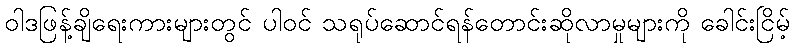
ဝါဒဖြန့်ချိရေးကားများတွင် ပါဝင် သရုပ်ဆောင်ရန်တောင်းဆိုလာမှုများကို ခေါင်းငြိမ့်